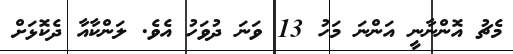
މެޗު އޮންނާނީ އަންނަ މަހު 13 ވަނަ ދުވަހު އެވެ. ލަންކާއާ ދެކޮޅަށް